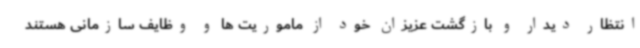
انتظار دیدار و بازگشت عزیزان خود از ماموریت ها و وظایف سازمانی هستند